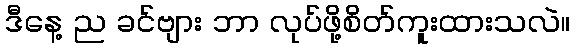
ဒီနေ့ ည ခင်ဗျား ဘာ လုပ်ဖို့စိတ်ကူးထားသလဲ။